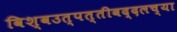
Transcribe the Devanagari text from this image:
विश्वउत्पत्तीबद्दलच्या